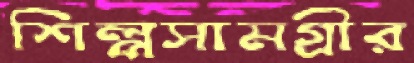
শিল্পসামগ্রীর